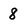
Character: 8